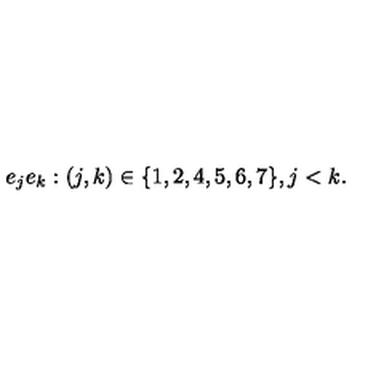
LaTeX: e _ { j } e _ { k } : ( j , k ) \in \{ 1 , 2 , 4 , 5 , 6 , 7 \} , j < k .